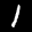
Label: 1